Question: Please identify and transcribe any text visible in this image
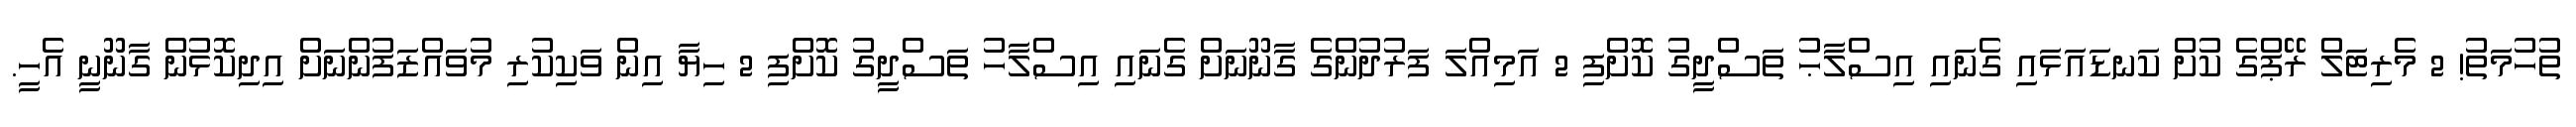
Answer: ތުހުމަތު! 2 މެރިޓަލް ރޭޕްގެ ކުށް ކަނޑައަޅައި ގެނައި އިސްލާޙު ތަސްދީގު ކޮށްފި 2 އަމިއްލަ ފަރުދުންގެ ގާނޫނަށް ގެނައި އިސްލާހު ތަސްދީގު ކޮށްފި 2 ހިޔާ އިން ވަކިކުރި މުވައްޒަފުންނަށް އިދިކޮޅުން ގާނޫނީ އެހީ.